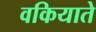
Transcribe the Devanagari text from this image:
वकियाते